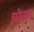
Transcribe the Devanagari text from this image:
चोना